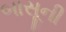
બાસૂની